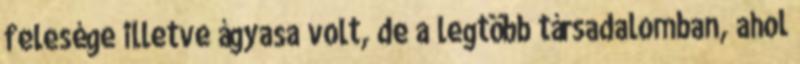
felesége illetve ágyasa volt, de a legtöbb társadalomban, ahol